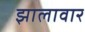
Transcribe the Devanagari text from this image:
झालावार